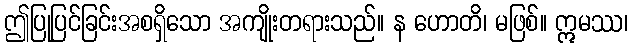
ဤပြုပြင်ခြင်းအစရှိသော အကျိုးတရားသည်။ န ဟောတိ၊ မဖြစ်။ ဣမဿ၊